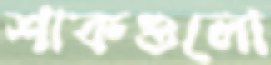
শাকগুলো